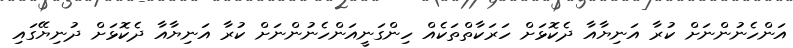
އަންހެނުންނަށް ކުރާ އަނިޔާއާ ދެކޮޅަށް ހަރަކާތްތަކެއް ހިންގަނީއަންހެނުންނަށް ކުރާ އަނިޔާއާ ދެކޮޅަށް ދުނިޔޭގައި